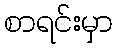
စာရင်းမှာ